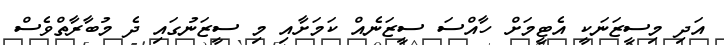
އަދި މިސީޒަނަކީ އެޓީމަށް ހާއްސަ ސީޒަނެއް ކަމަށާއި މި ސީޒަނުގައި ދެ މުބާރާތްވެސް